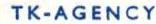
TK-AGENCY